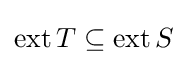
\operatorname {ext} T\subseteq \operatorname {ext} S